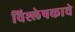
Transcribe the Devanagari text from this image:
विश्लेषकाचे